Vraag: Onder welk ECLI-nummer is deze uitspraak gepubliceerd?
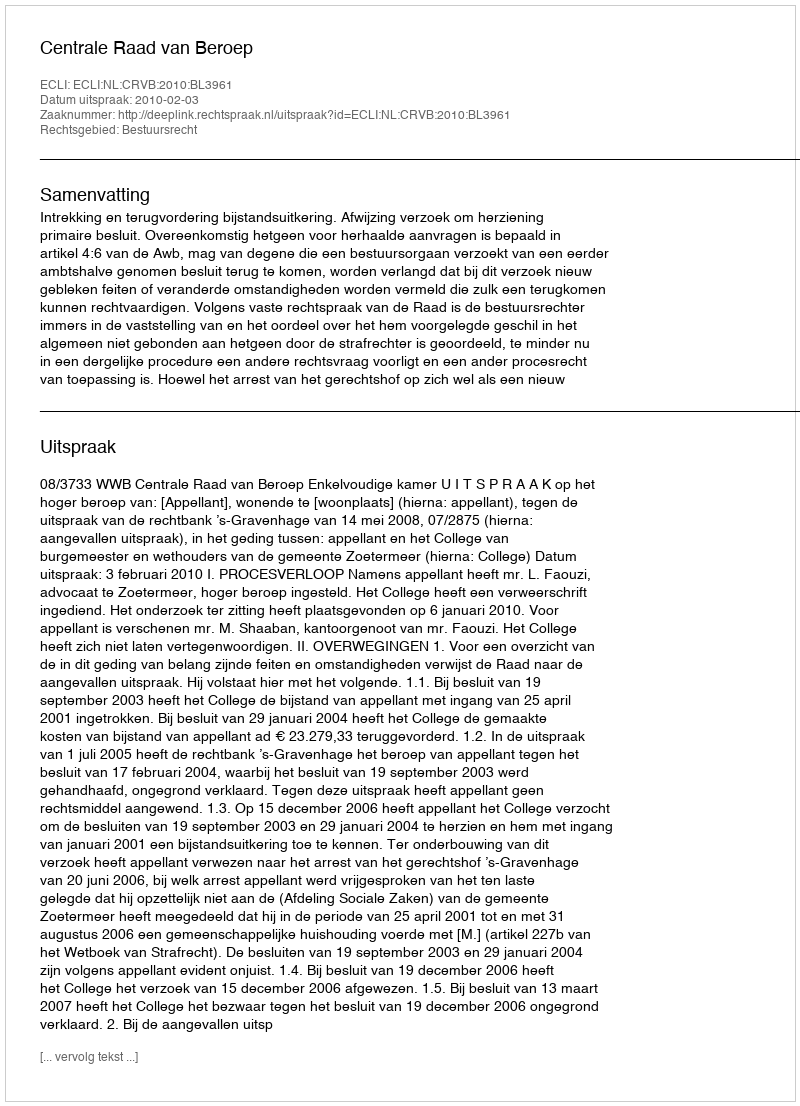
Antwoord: ECLI:NL:CRVB:2010:BL3961